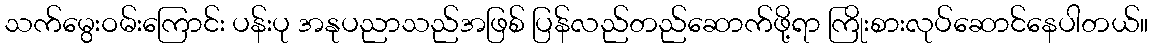
သက်မွေးဝမ်းကြောင်း ပန်းပု အနုပညာသည်အဖြစ် ပြန်လည်တည်ဆောက်ဖို့ရာ ကြိုးစားလုပ်ဆောင်နေပါတယ်။